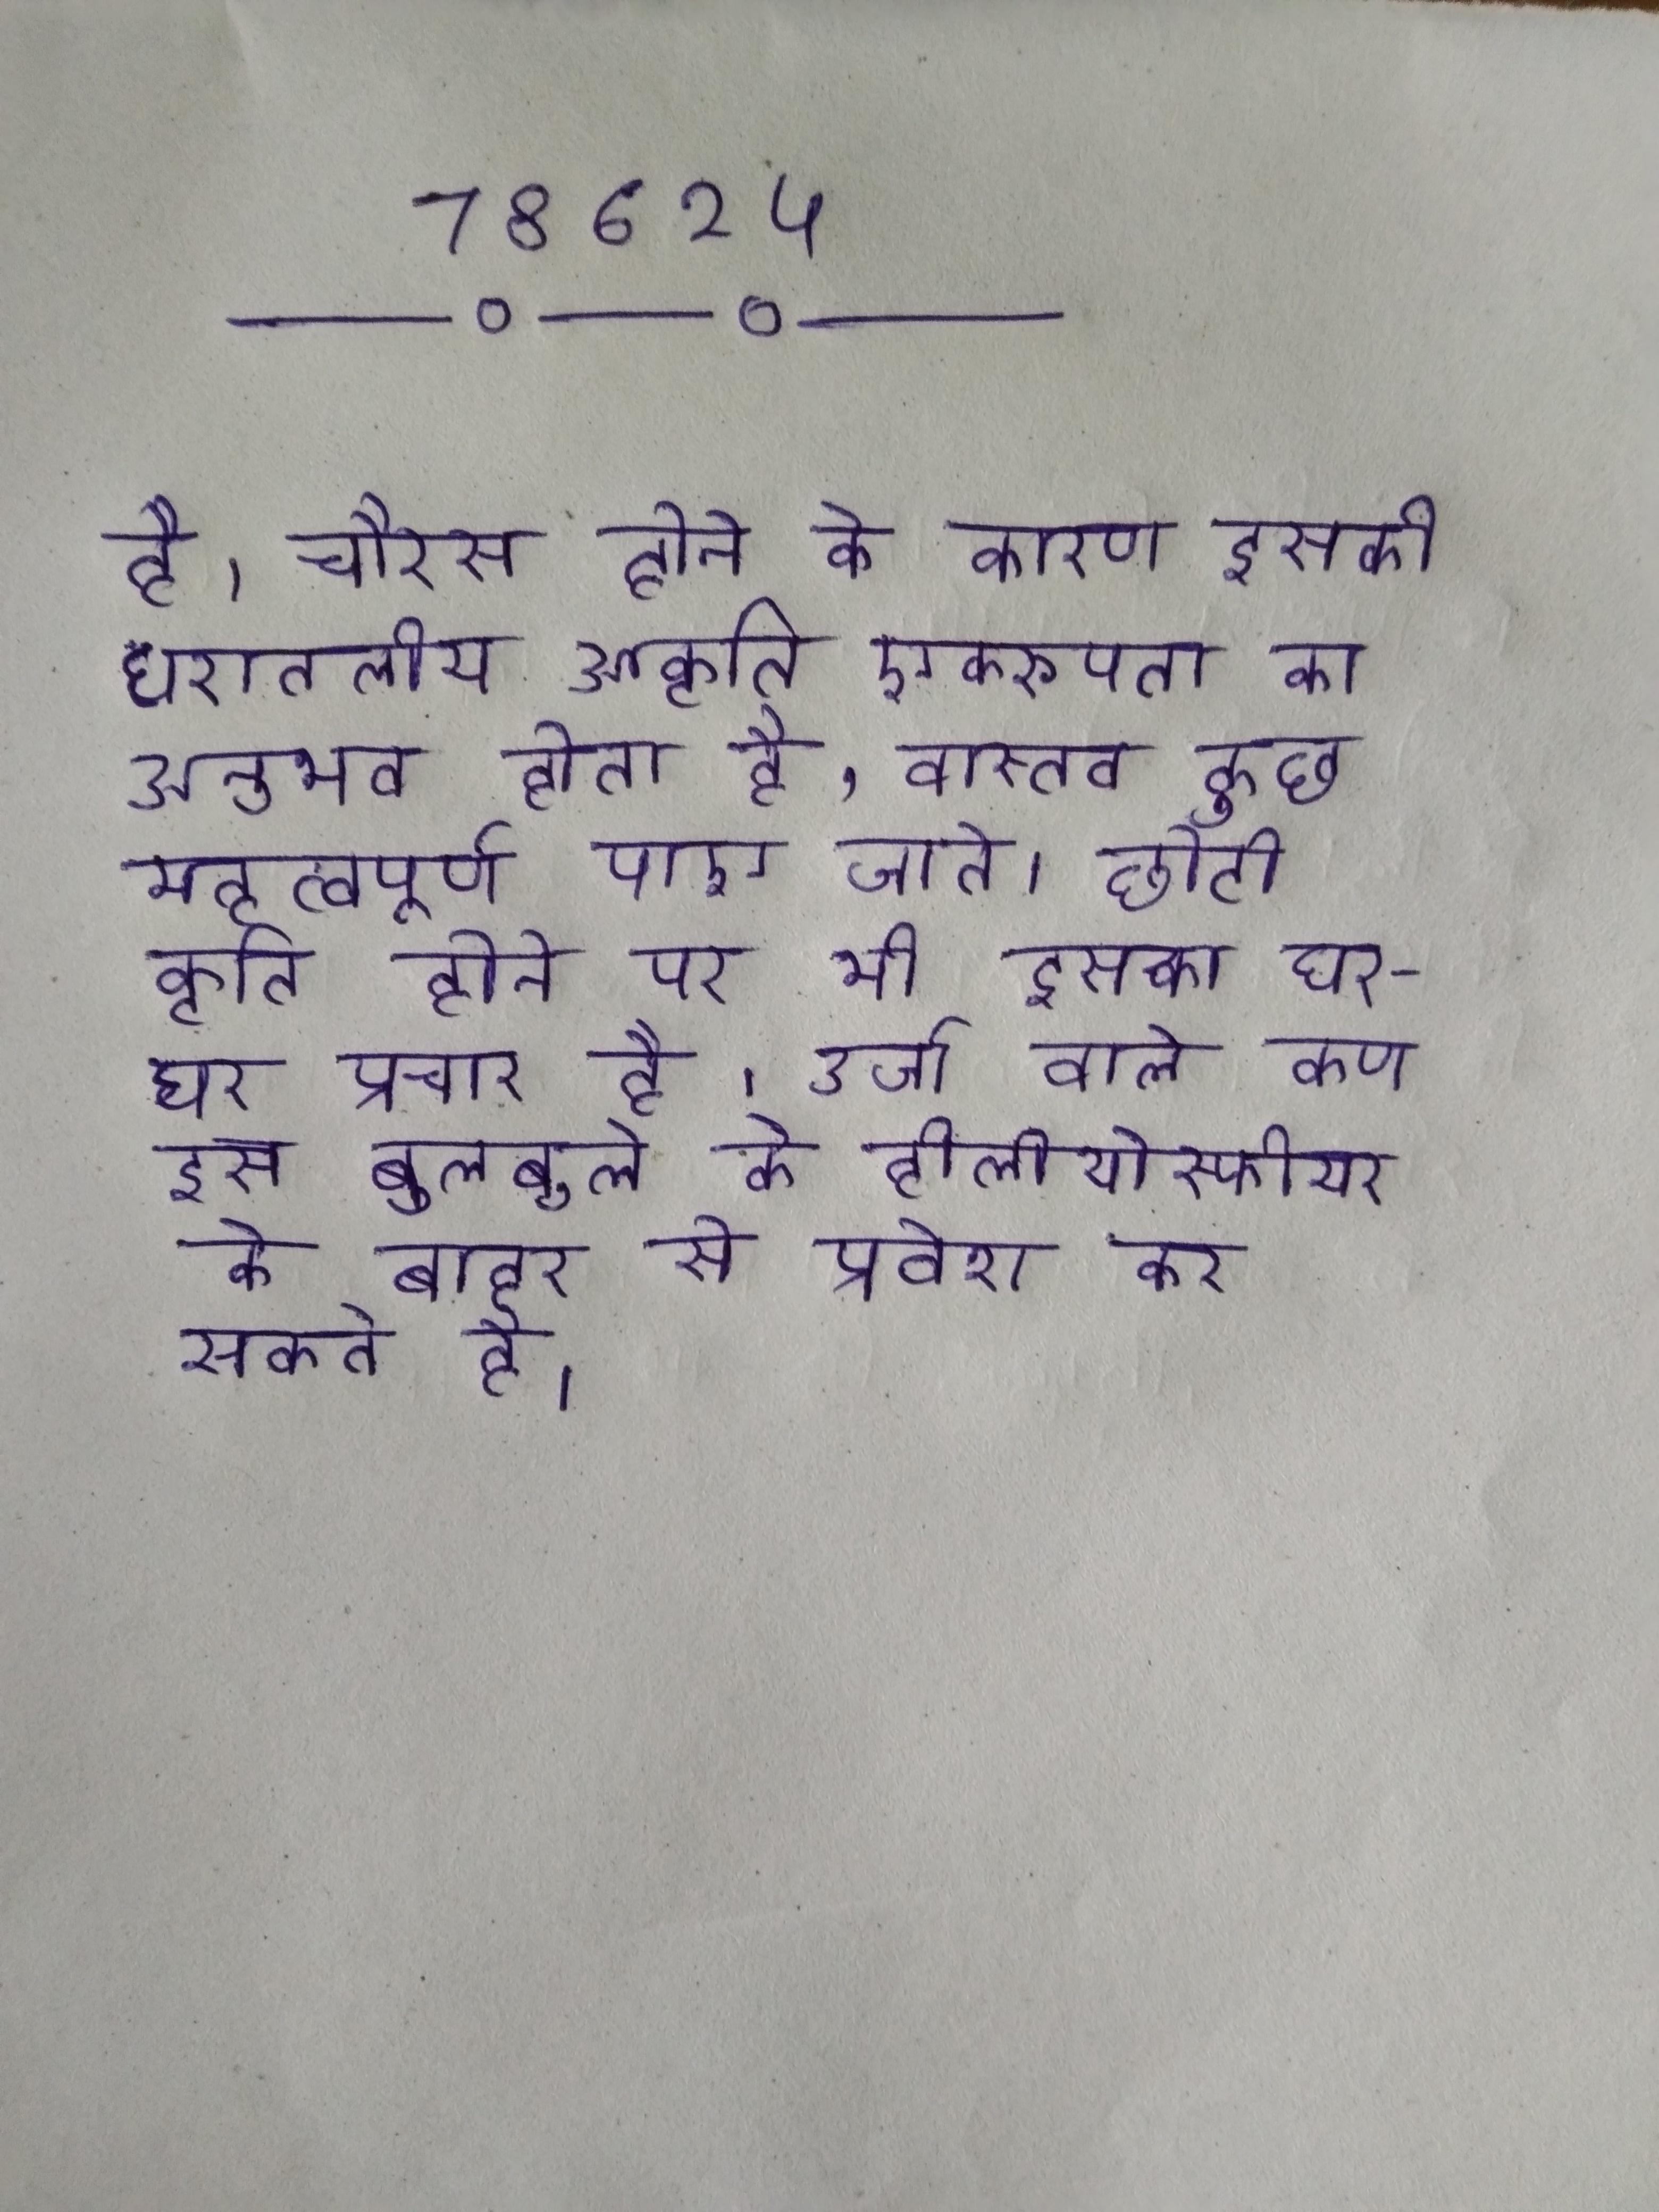
है । चौरस होने के कारण इसकी धरातलीय आकृति एकरूपता का अनुभव होता है, वास्तव कुछ महत्वपूर्ण पाए जाते । छोटी कृति होने पर भी इसका घर-घर प्रचार है । उर्जा वाले कण इस बुलबुले के हीलीयोस्फीयर के बाहर से प्रवेश कर सकते है ।